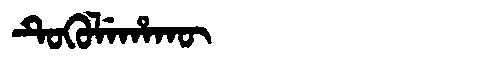
Manchu: ᡨᡠᡴᡠᠯᡝᡥᠠᡴᡡ
Romanization: TUKULEHAKŪ